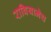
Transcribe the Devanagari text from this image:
राबियानेच